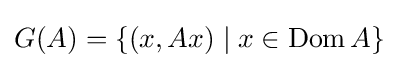
G(A)=\{(x,Ax)\mid x\in \operatorname {Dom} A\}